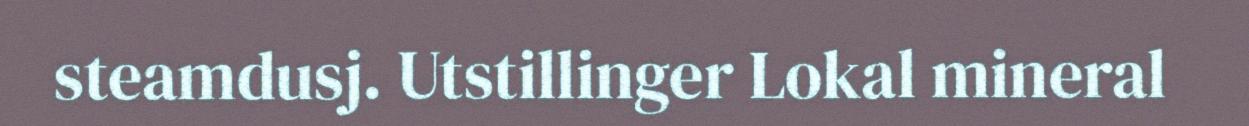
steamdusj. Utstillinger Lokal mineral